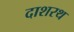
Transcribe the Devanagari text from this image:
दाशरथ